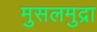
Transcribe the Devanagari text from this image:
मुसलमुद्रा